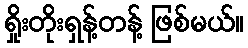
ရှိုးတိုးရှန့်တန့် ဖြစ်မယ်။